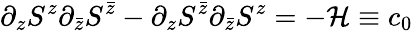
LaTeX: \partial_{z}S^{z}\partial_{\bar{z}}S^{\bar{z}}-\partial_{z}S^{\bar{z}}\partial_{\bar{z}}S^{z}=-{\cal H}\equiv c_{0}